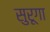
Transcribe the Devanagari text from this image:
सुरूगा